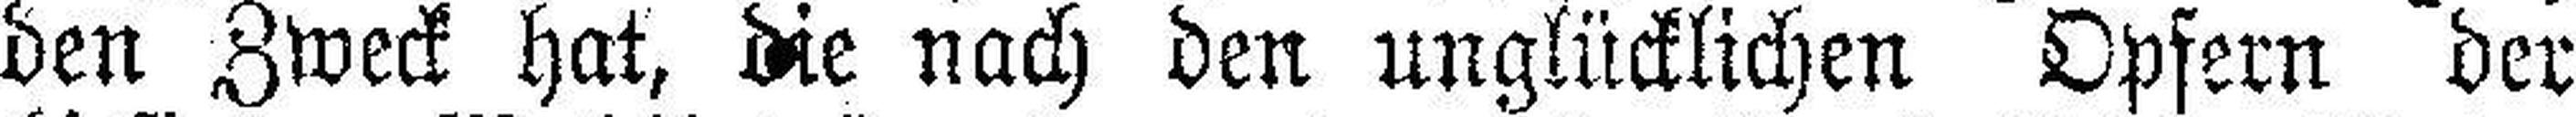
den Zweck hat, die nach den unglücklichen Opfern der